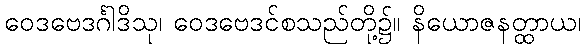
ဝေဒဗေဒင်္ဂါဒိသု၊ ဝေဒဗေဒင်စသည်တို့၌။ နိယောဇနတ္ထာယ၊